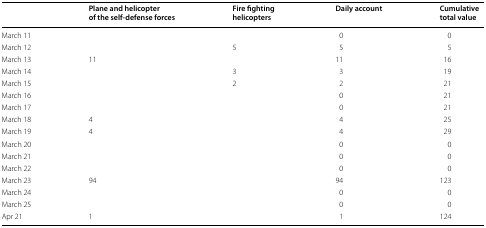
<table><thead><tr><td></td><td><b>Plane and helicopter of the self-defense forces</b></td><td><b>Fire fighting helicopters</b></td><td><b>Daily account</b></td><td><b>Cumulative total value</b></td></tr></thead><tbody><tr><td>March 11</td><td></td><td></td><td>0</td><td>0</td></tr><tr><td>March 12</td><td></td><td>5</td><td>5</td><td>5</td></tr><tr><td>March 13</td><td>11</td><td></td><td>11</td><td>16</td></tr><tr><td>March 14</td><td></td><td>3</td><td>3</td><td>19</td></tr><tr><td>March 15</td><td></td><td>2</td><td>2</td><td>21</td></tr><tr><td>March 16</td><td></td><td></td><td>0</td><td>21</td></tr><tr><td>March 17</td><td></td><td></td><td>0</td><td>21</td></tr><tr><td>March 18</td><td>4</td><td></td><td>4</td><td>25</td></tr><tr><td>March 19</td><td>4</td><td></td><td>4</td><td>29</td></tr><tr><td>March 20</td><td></td><td></td><td>0</td><td>0</td></tr><tr><td>March 21</td><td></td><td></td><td>0</td><td>0</td></tr><tr><td>March 22</td><td></td><td></td><td>0</td><td>0</td></tr><tr><td>March 23</td><td>94</td><td></td><td>94</td><td>123</td></tr><tr><td>March 24</td><td></td><td></td><td>0</td><td>0</td></tr><tr><td>March 25</td><td></td><td></td><td>0</td><td>0</td></tr><tr><td>Apr 21</td><td>1</td><td></td><td>1</td><td>124</td></tr></tbody></table>